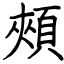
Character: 頰